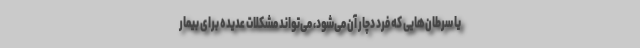
یا سرطان‌هایی که فرد دچار آن می‌شود، می‌تواند مشکلات عدیده برای بیمار